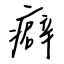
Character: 癖